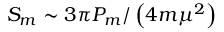
S _ { m } \sim 3 \pi P _ { m } / \left( 4 m \mu ^ { 2 } \right)